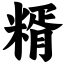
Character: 糈